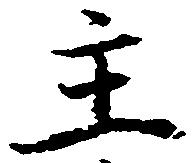
主